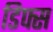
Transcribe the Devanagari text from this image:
डिफ्स